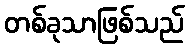
တစ်ခုသာဖြစ်သည်